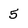
Character: 5